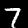
Digit: 7